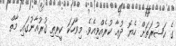
ގެ ޙަޟުރަތަށް ހެޔޮ ދުޢާ ކުރެއްވިއެވެ. މިވާހަކަ ކީރިތި ޤުރުއާނުގައި މާތް